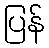
ပြန်